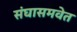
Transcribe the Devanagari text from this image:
संघासमवेत